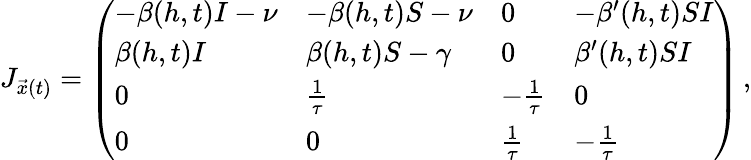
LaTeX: J_{\vec{x}(t)}=\left(\begin{array}{llll}{-\beta(h,t)I-\nu}&{-\beta(h,t)S-\nu}&{0}&{-\beta^{\prime}(h,t)SI}\\ {\beta(h,t)I}&{\beta(h,t)S-\gamma}&{0}&{\beta^{\prime}(h,t)SI}\\ {0}&{\frac{1}{\tau}}&{-\frac{1}{\tau}}&{0}\\ {0}&{0}&{\frac{1}{\tau}}&{-\frac{1}{\tau}}\end{array}\right)\, ,